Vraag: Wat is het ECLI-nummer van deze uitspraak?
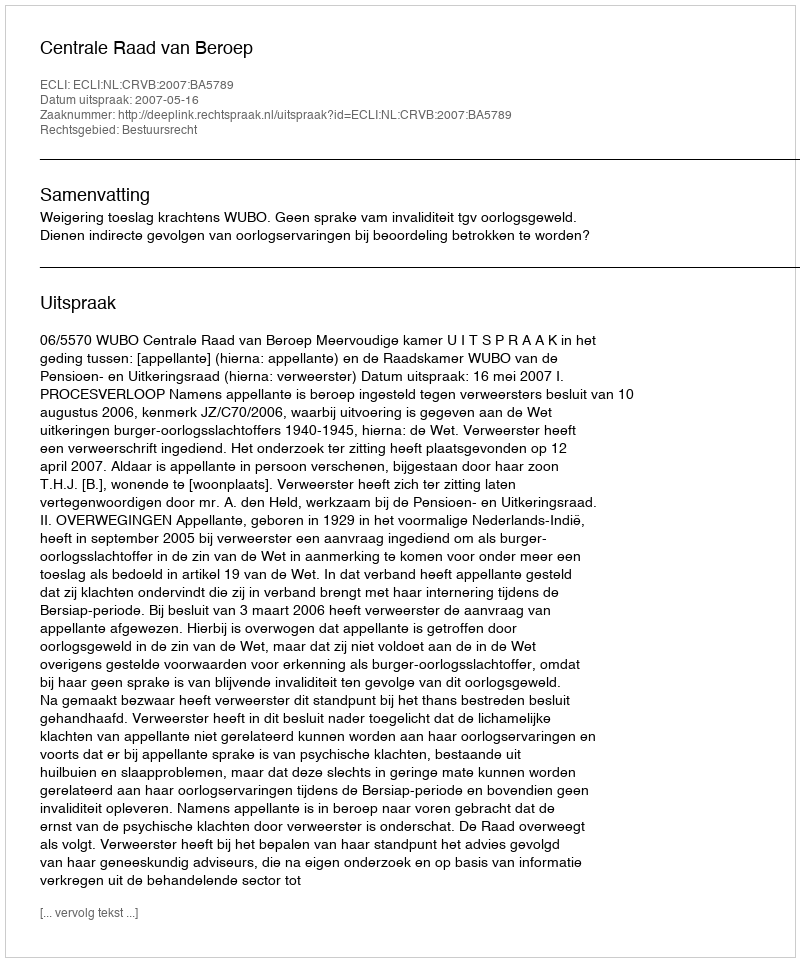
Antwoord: ECLI:NL:CRVB:2007:BA5789